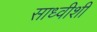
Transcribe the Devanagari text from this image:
साध्वीशी